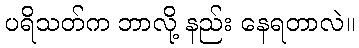
ပရိသတ်က ဘာလို့ နည်း နေရတာလဲ။